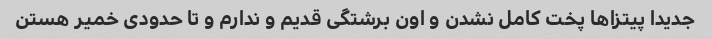
جدیدا پیتزا‌ها پخت کامل نشدن و اون برشتگی قدیم و ندارم و تا حدودی خمیر هستن